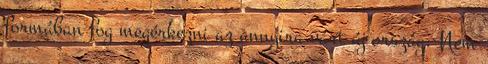
formában fog megérkezni az annyira várt új ország. Nem